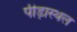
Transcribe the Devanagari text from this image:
पीड़ास्थल